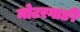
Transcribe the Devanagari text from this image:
मोटरगाङी